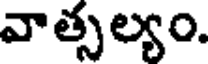
వాత్సల్యం.